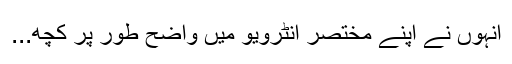
انہوں نے اپنے مختصر انٹرویو میں واضح طور پر کچھ...